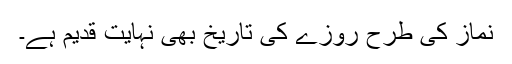
نماز کی طرح روزے کی تاریخ بھی نہایت قدیم ہے۔